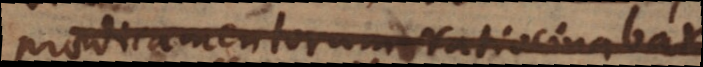
praedicamentorum ratiocinabar